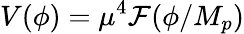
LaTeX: V(\phi)=\mu^{4}{\cal F}(\phi/M_{p})